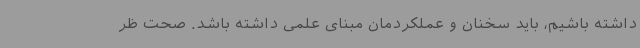
داشته باشیم، باید سخنان و عملکردمان مبنای علمی داشته باشد. صحت ظر